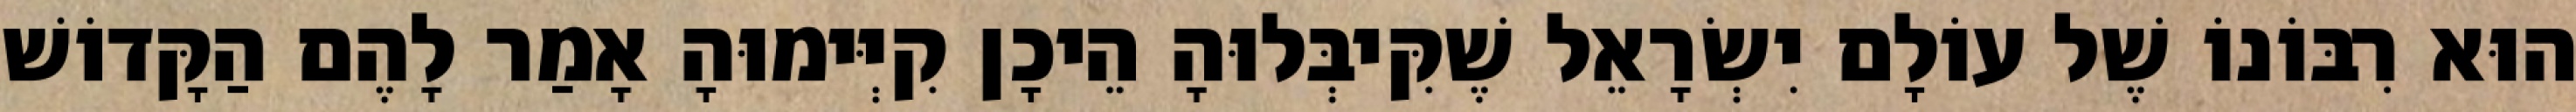
הוּא רִבּוֹנוֹ שֶׁל עוֹלָם יִשְׂרָאֵל שֶׁקִּיבְּלוּהָ הֵיכָן קִיְּימוּהָ אָמַר לָהֶם הַקָּדוֹשׁ